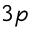
3 p